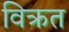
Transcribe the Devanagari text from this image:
विक्रत